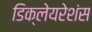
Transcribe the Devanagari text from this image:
डिक्लेयरेशंस